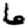
Digit: 6